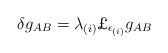
LaTeX: \begin{align*}\delta g_{AB} = \lambda_{(i)} \mbox{\pounds} _{\epsilon_{(i)}} g_{AB}\end{align*}